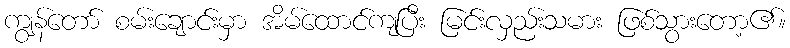
ကျွန်တော် စမ်းချောင်းမှာ အိမ်ထောင်ကျပြီး မြင်းလှည်းသမား ဖြစ်သွားတော့၏။